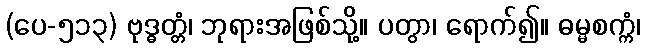
(ပေ-၅၁၃) ဗုဒ္ဓတ္တံ၊ ဘုရားအဖြစ်သို့။ ပတွာ၊ ရောက်၍။ ဓမ္မစက္ကံ၊